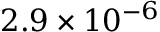
2 . 9 \times 1 0 ^ { - 6 }